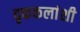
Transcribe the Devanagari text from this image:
दृककलांशी